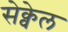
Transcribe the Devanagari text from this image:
सेक्वेल